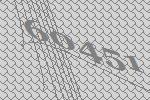
60451